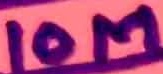
Text: 10M